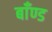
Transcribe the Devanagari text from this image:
बाँण्ड